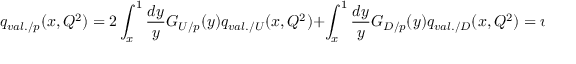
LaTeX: q _ { v a l . / p } ( x , Q ^ { 2 } ) = 2 \int _ { x } ^ { 1 } \frac { d y } { y } G _ { U / p } ( y ) q _ { v a l . / U } ( x , Q ^ { 2 } ) + \int _ { x } ^ { 1 } \frac { d y } { y } G _ { D / p } ( y ) q _ { v a l . / D } ( x , Q ^ { 2 } ) = u _ { v a l . / p } ( x , Q ^ { 2 } ) + d _ { v a l . / p } ( x , Q ^ { 2 } )